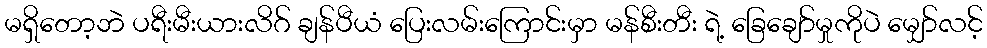
မရှိတော့ဘဲ ပရီးမီးယားလိဂ် ချန်ပီယံ ပြေးလမ်းကြောင်းမှာ မန်စီးတီး ရဲ့ ခြေချော်မှုကိုပဲ မျှော်လင့်